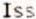
ISS